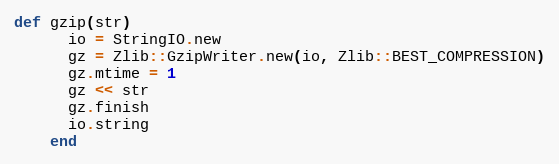
Language: Ruby
def gzip(str)
      io = StringIO.new
      gz = Zlib::GzipWriter.new(io, Zlib::BEST_COMPRESSION)
      gz.mtime = 1
      gz << str
      gz.finish
      io.string
    end